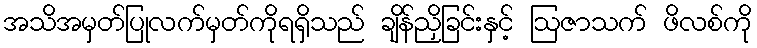
အသိအမှတ်ပြုလက်မှတ်ကိုရရှိသည် ချိန်ညှိခြင်းနှင့် ဩဇာသက် ဖိလစ်ကို